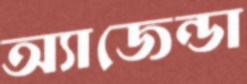
অ্যাজেন্ডা